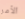
الأمر